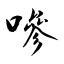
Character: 嘇